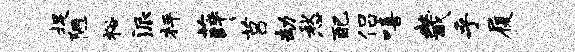
捉陋裕派枰薛莒劫愁配侣嘻畿乎履